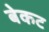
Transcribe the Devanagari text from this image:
बेकट